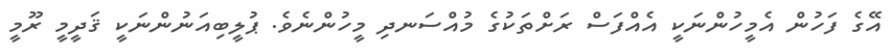
އޭގެ ފަހުން އެމީހުންނަކީ އެއްފަސް ރަށްތަކުގެ މުއްސަނދި މީހުންނެވެ. ޕުލީބިއަނުންނަކީ ޤަދީމީ ރޫމީ